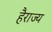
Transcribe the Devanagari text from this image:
हैराज्य